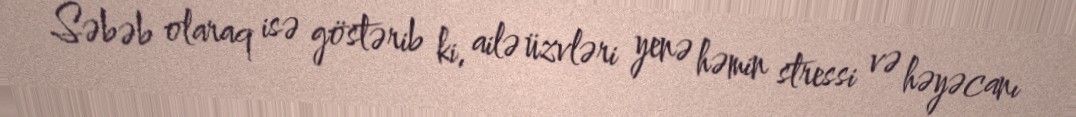
Səbəb olaraq isə göstərib ki, ailə üzvləri yenə həmin stressi və həyəcanı